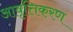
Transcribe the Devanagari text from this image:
आवृत्तिकरण